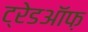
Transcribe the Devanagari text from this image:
ट्रेडऑफ़